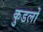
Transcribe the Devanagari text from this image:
कुडलों